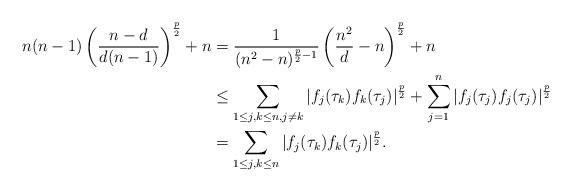
LaTeX: \begin{align*}n(n-1)\left(\frac{n-d}{d(n-1)}\right)^\frac{p}{2}+n&=\frac{1}{(n^2-n)^{\frac{p}{2}-1}}\left(\frac{n^2}{d}-n\right)^\frac{p}{2}+n\\&\leq \sum_{1\leq j,k \leq n, j\neq k}|f_j(\tau_k)f_k(\tau_j)|^\frac{p}{2}+\sum_{j=1}^{n}|f_j(\tau_j)f_j(\tau_j)|^\frac{p}{2}\\&=\sum_{1\leq j,k \leq n}|f_j(\tau_k)f_k(\tau_j)|^\frac{p}{2}.\end{align*}